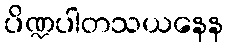
ပိဏ္ဍပါတသယနေန